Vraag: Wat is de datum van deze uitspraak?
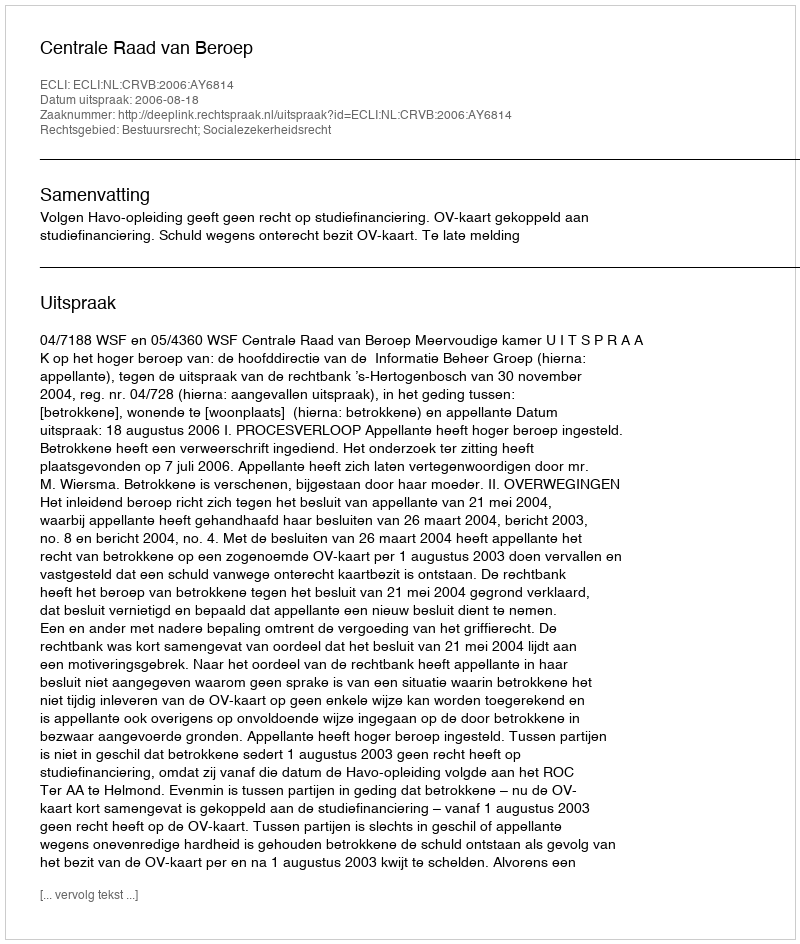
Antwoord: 2006-08-18